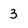
Character: 3